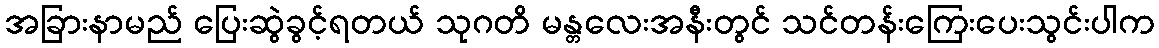
အခြားနာမည် ပြေးဆွဲခွင့်ရတယ် သုဂတိ မန္တလေးအနီးတွင် သင်တန်းကြေးပေးသွင်းပါက